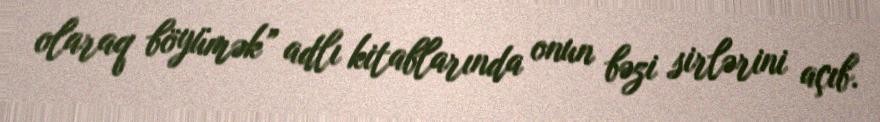
olaraq böyümək” adlı kitablarında onun bəzi sirlərini açıb.